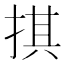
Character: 掑